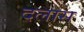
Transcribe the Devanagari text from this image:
दलास